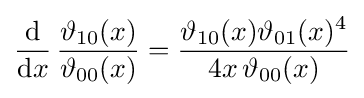
{\frac {\mathrm {d} }{\mathrm {d} x}}\,{\frac {\vartheta _{10}(x)}{\vartheta _{00}(x)}}={\frac {\vartheta _{10}(x)\vartheta _{01}(x)^{4}}{4x\,\vartheta _{00}(x)}}